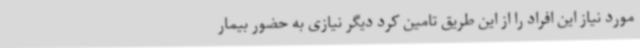
مورد نیاز این افراد را از این طریق تامین کرد دیگر نیازی به حضور بیمار